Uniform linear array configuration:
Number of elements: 32
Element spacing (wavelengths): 0.5
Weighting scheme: kaiser
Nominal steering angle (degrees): -60
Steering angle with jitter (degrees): -59.489
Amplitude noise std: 0.05
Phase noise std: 0.05

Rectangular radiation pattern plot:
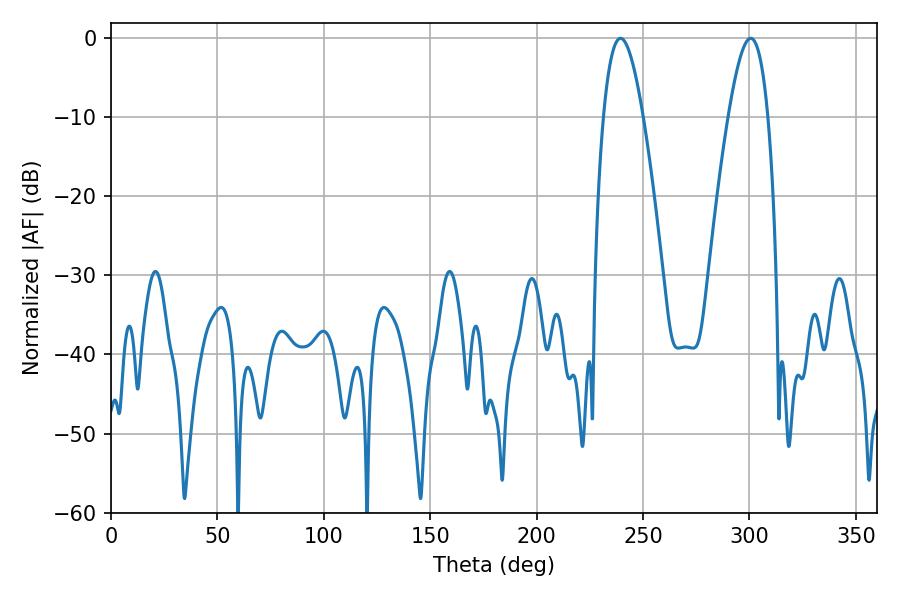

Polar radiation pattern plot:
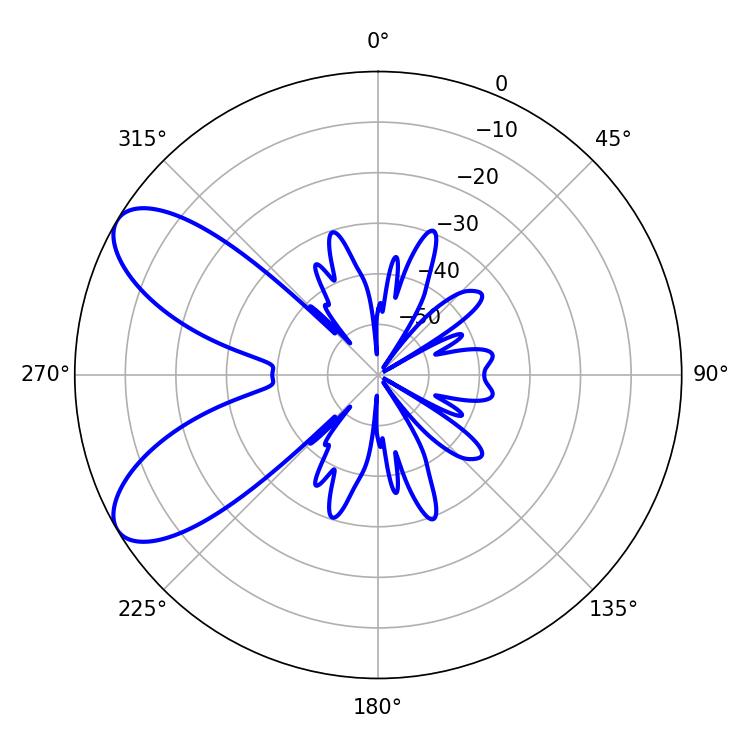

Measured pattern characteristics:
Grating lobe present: FALSE
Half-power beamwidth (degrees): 10.08
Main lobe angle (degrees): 239.4